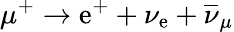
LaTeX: \mu^{+}\rightarrow\mathrm{e}^{+}+\nu_{\mathrm{e}}+\overline{{{\nu}}}_{\mu}